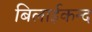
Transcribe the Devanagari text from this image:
बिलाईकन्द